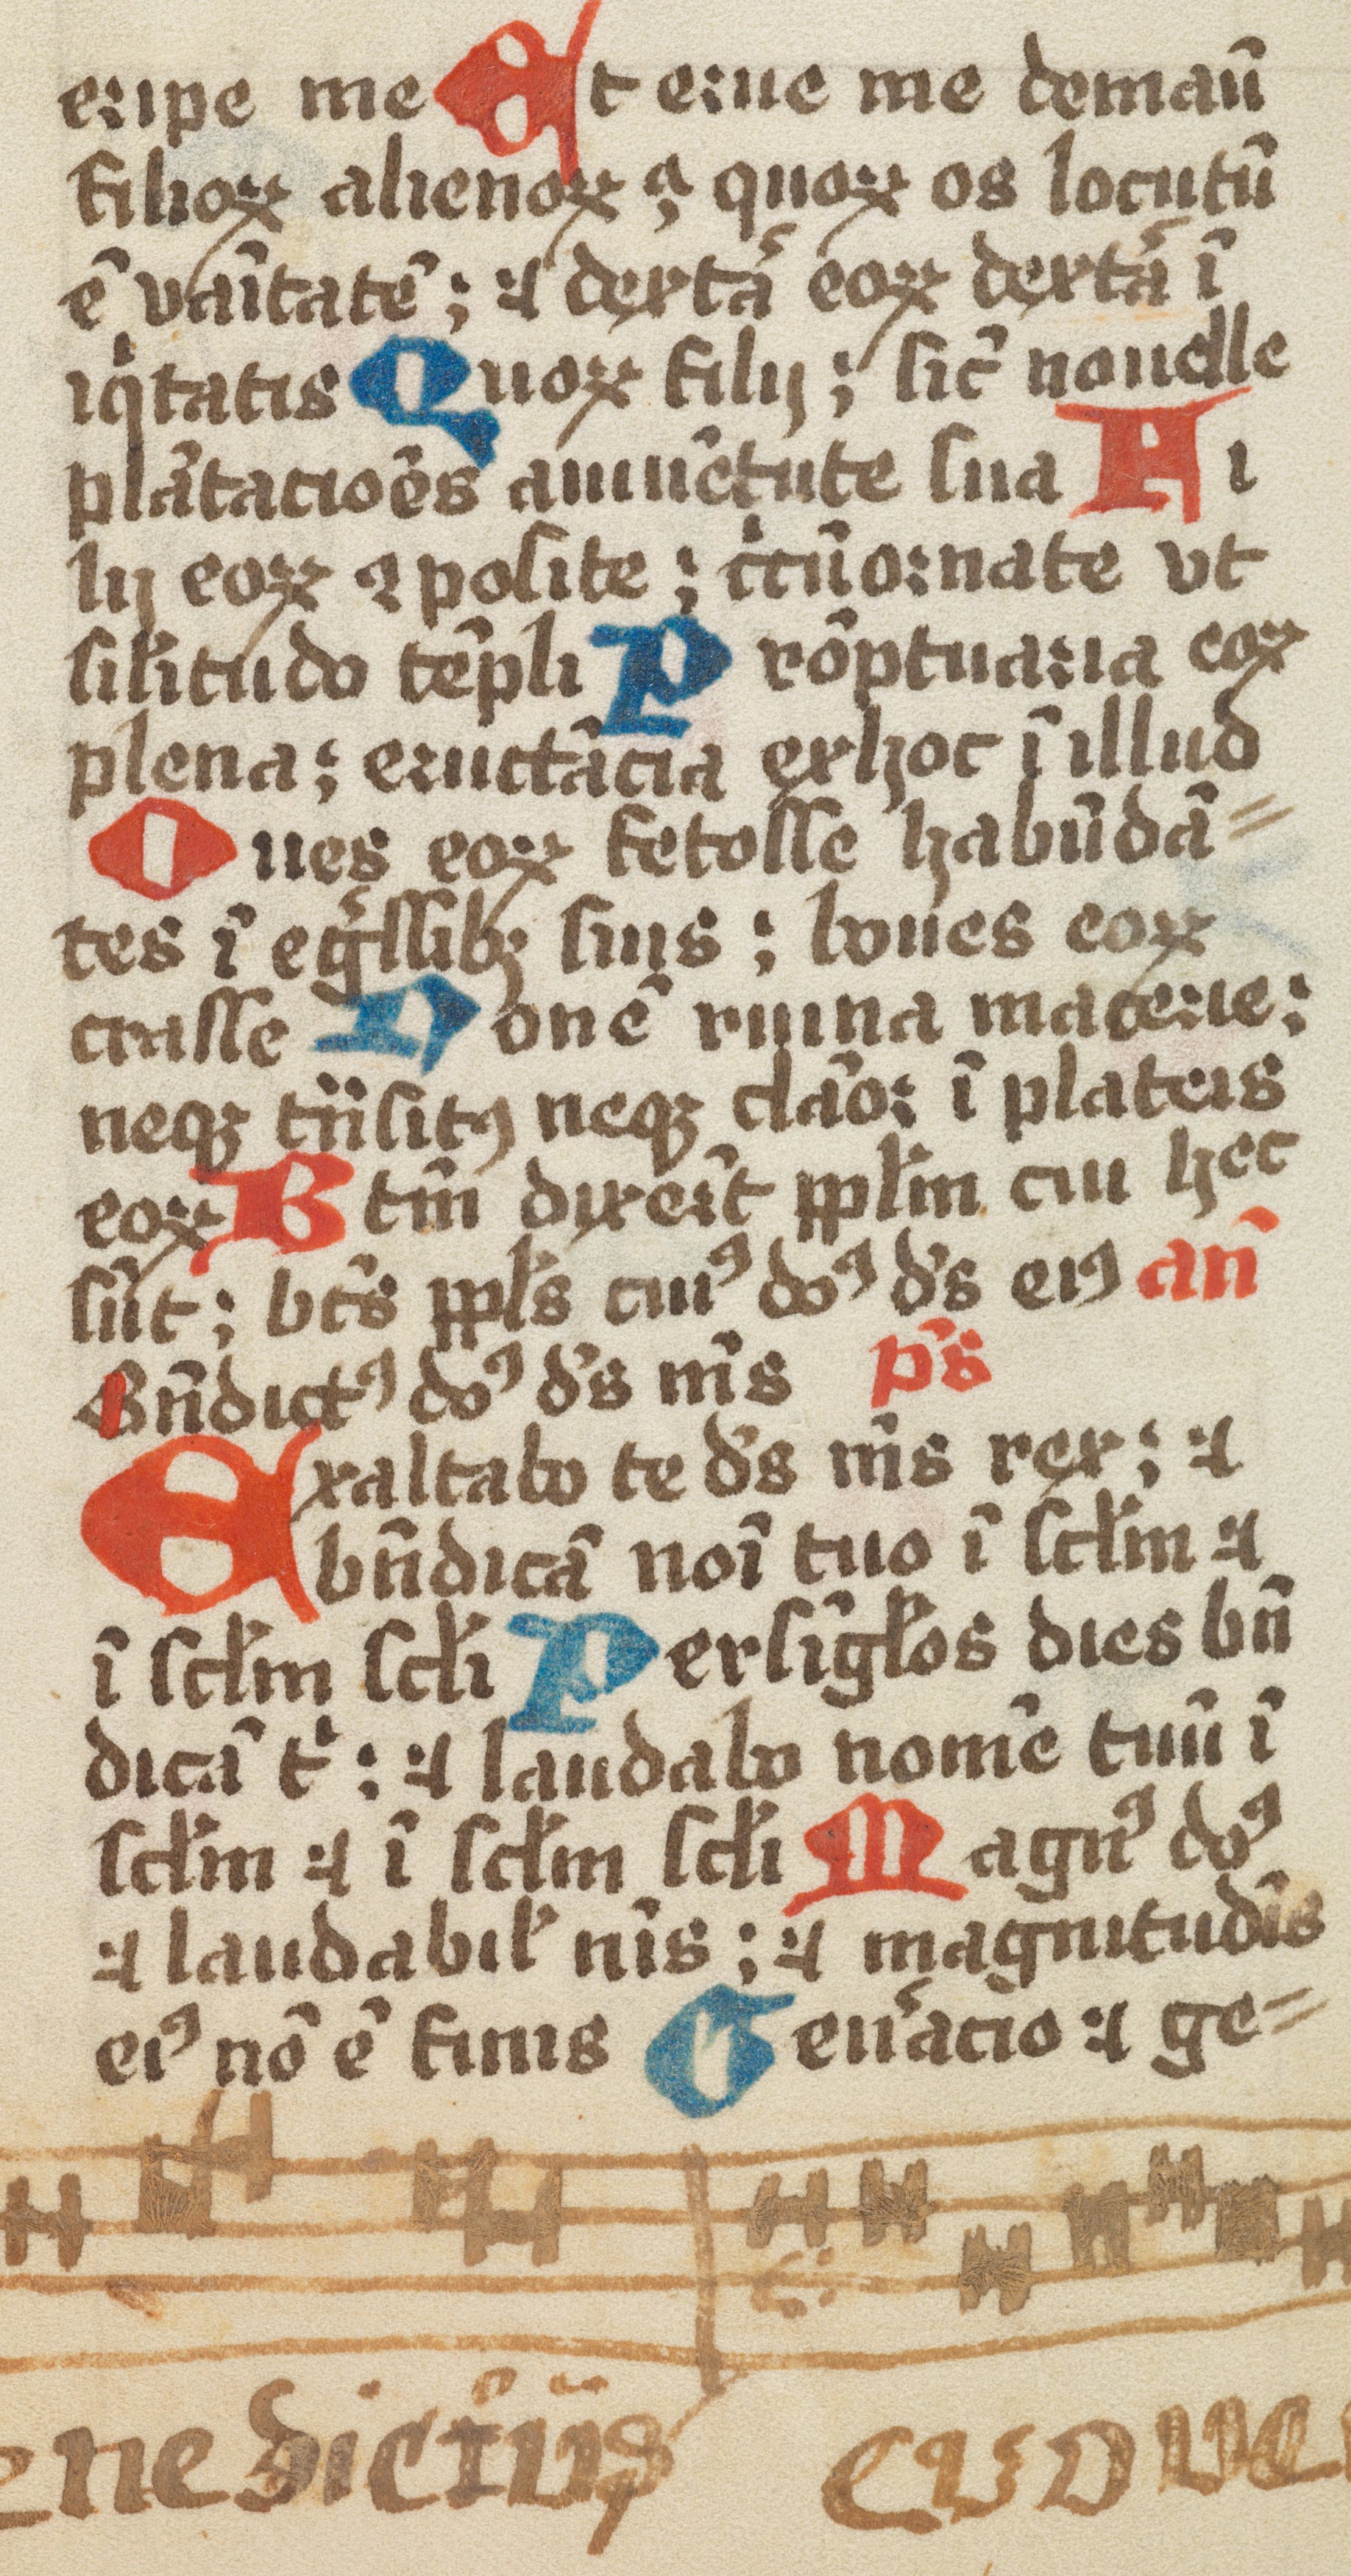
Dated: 1461–1499